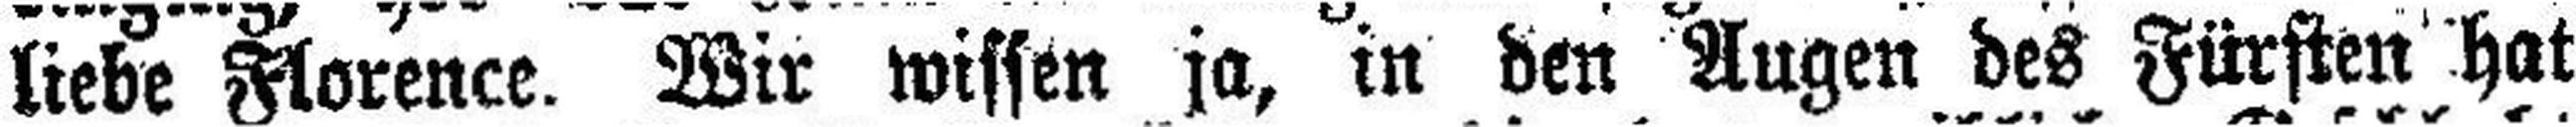
liebe Florence. Wir wissen ja, in den Augen des Fürsten hat